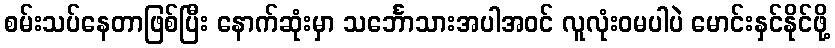
စမ်းသပ်နေတာဖြစ်ပြီး နောက်ဆုံးမှာ သင်္ဘောသားအပါအဝင် လူလုံးဝမပါပဲ မောင်းနှင်နိုင်ဖို့